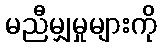
မညီမျှမှုများကို